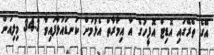
އޭގެ ތެރޭގައި އޮޑިޓް އޮފީހުގެ އާ އިމާރާތް އެޅުމަށް ކަނޑައަޅާފައިވާ 34.3 މިލިއަން